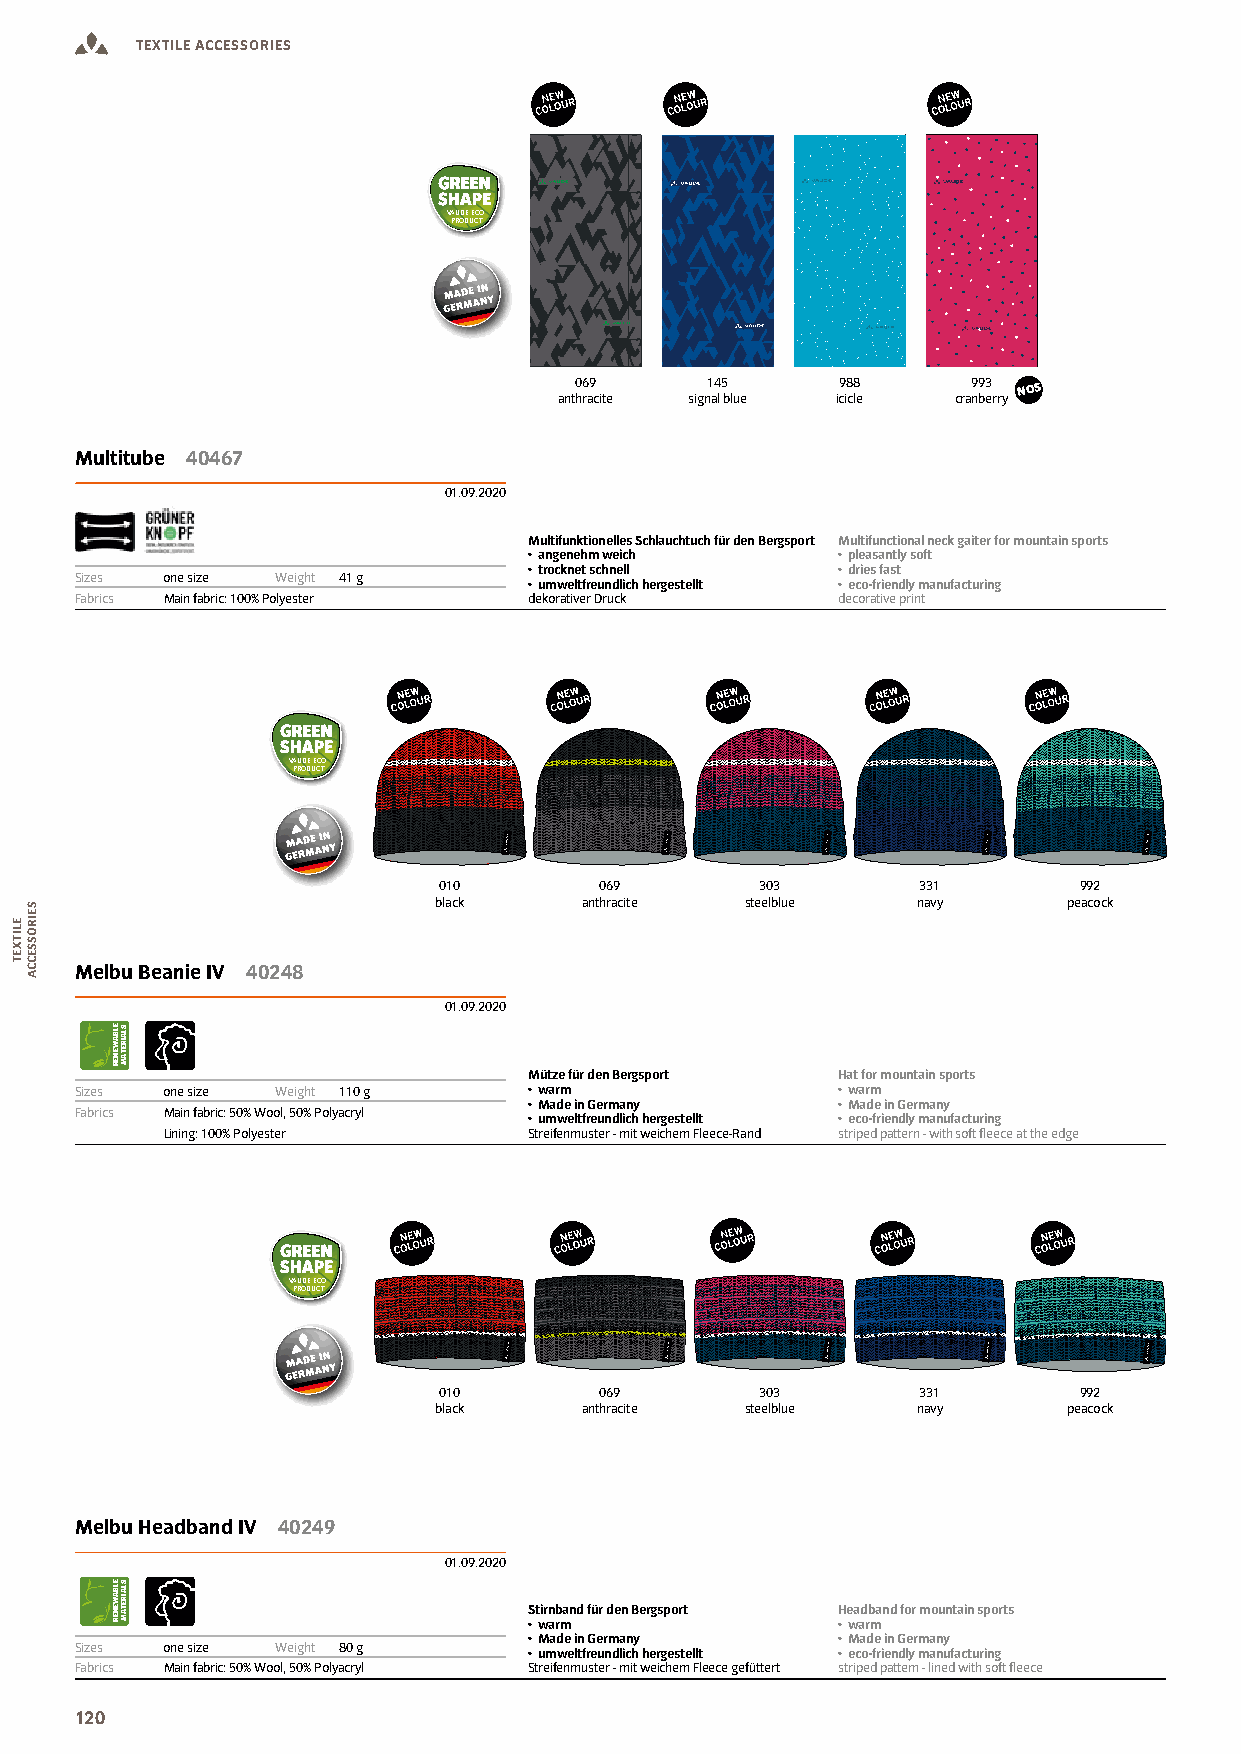
TEXTILE ACCESSORIES
 VAUDE ECO
 PRODUCT
 069      145      988     993 NOS
 anthracite signal blue icicle cranberry
 Multitube 40467
 01.09.2020
 Multifunktionelles Schlauchtuch für den Bergsport Multifunctional neck gaiter for mountain sports
 • angenehm weich    • pleasantly soft
 • trocknet schnell  • dries fast
 Sizes one size Weight 41 g
 • umweltfreundlich hergestellt • eco-friendly manufacturing
 Fabrics Main fabric: 100% Polyester dekorativer Druck decorative print
 VAUDE ECO
 PRODUCT
 010        069       303        331       992
 black    anthracite steelblue   navy      peacock
 Melbu Beanie IV 40248
 01.09.2020
 Mütze für den Bergsport Hat for mountain sports
 Sizes one size Weight 110 g   • warm              • warm
 • Made in Germany   • Made in Germany
 Fabrics Main fabric: 50% Wool, 50% Polyacryl
 • umweltfreundlich hergestellt • eco-friendly manufacturing
 Lining: 100% Polyester  Streifenmuster - mit weichem Fleece-Rand striped pattern - with soft leece at the edge
 VAUDE ECO
 PRODUCT
 010        069       303        331       992
 black    anthracite steelblue   navy      peacock
 Melbu Headband IV 40249
 01.09.2020
 Stirnband für den Bergsport Headband for mountain sports
 • warm              • warm
 • Made in Germany   • Made in Germany
 Sizes one size Weight 80 g
 • umweltfreundlich hergestellt • eco-friendly manufacturing
 Fabrics Main fabric: 50% Wool, 50% Polyacryl Streifenmuster - mit weichem Fleece gefüttert striped pattern - lined with soft leece
 120
 ELITXET
 SEIROSSECCA
 ELBAWENER
 ELBAWENER
 SLAIRETAM
 SLAIRETAM